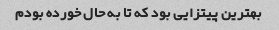
بهترین پیتزایی بود که تا به حال خورده بودم